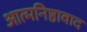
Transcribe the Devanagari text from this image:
आत्मनिष्ठावाद